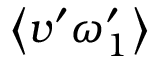
\left\langle v ^ { \prime } \omega _ { 1 } ^ { \prime } \right\rangle